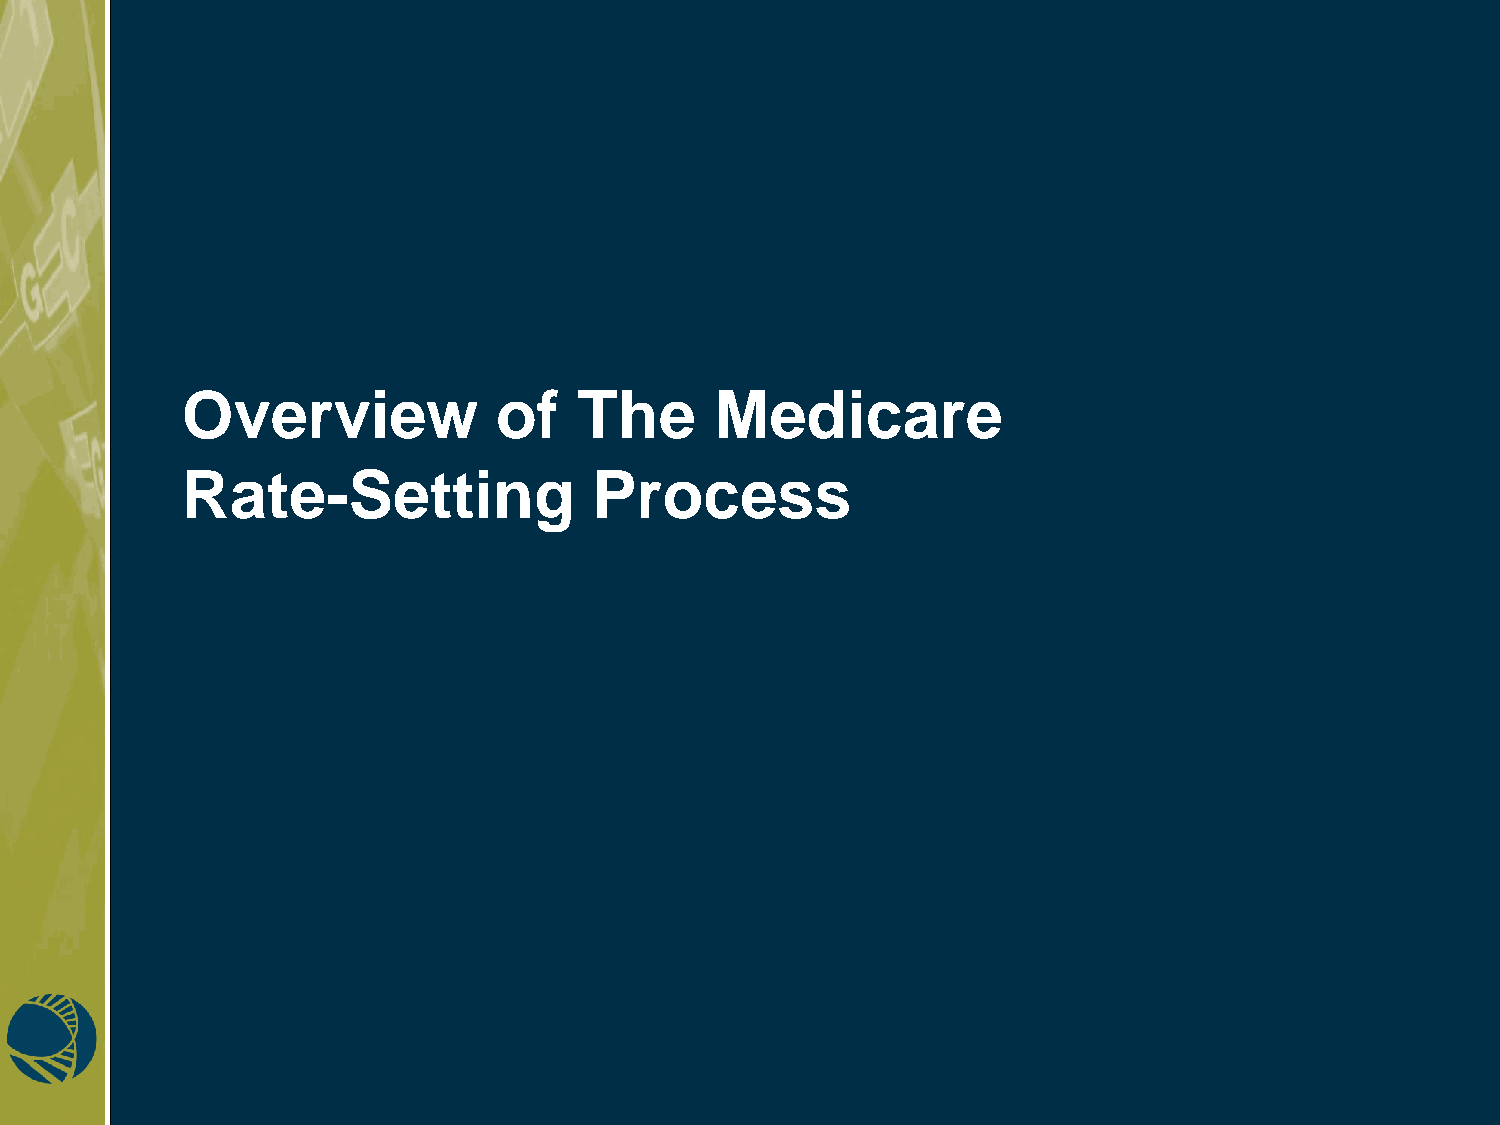
Overview             of   The      Medicare
 Rate-Setting               Process